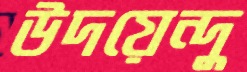
উদয়েন্দু